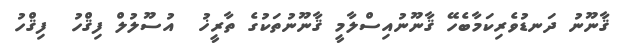
ޤާނޫނު ދަނޑުވެރިކަމާބެހޭ ޤާނޫނުއިސްލާމީ ޤާނޫނުތަކުގެ ތާރީޚު  އުސޫލުލް ފިޤްހު  ފިޤްހު